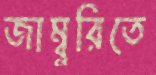
জাম্বুরিতে